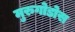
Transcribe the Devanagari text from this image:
मुरुगोडोस